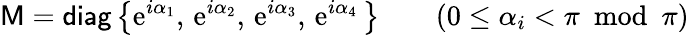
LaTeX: {\sf M}={\sf diag}\left\{ \mathrm{e}^{i\alpha_{1}},\, \mathrm{e}^{i\alpha_{2}},\, \mathrm{e}^{i\alpha_{3}},\, \mathrm{e}^{i\alpha_{4}}\, \right\} \qquad(0\leq\alpha_{i}<\pi\mathrm{~~mod~~}\pi)